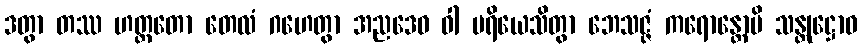
ဒတွာ တဿ ဟတ္ထတော တေလံ ဂဟေတွာ အညဒေဝ ဝါ ပရိယေသိတွာ ဘေသဇ္ဇံ ကရောန္တောပိ သန္တုဋ္ဌောဝ